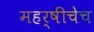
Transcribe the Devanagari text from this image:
महर्षींचेच